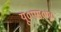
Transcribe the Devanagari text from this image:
यू०एस०ए०